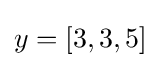
y=[3,3,5]